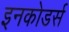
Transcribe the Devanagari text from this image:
इनकोडर्स